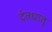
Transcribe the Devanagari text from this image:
दंतधातु